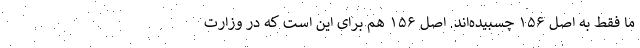
ما فقط به اصل ۱۵۶ چسبیده‌اند. اصل ۱۵۶ هم برای این است که در وزارت